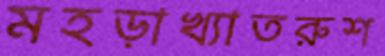
মহড়াখ্যাতরুশ